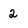
Character: 2